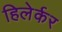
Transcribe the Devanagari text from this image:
हिलेर्कर